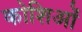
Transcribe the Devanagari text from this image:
कोशिओं